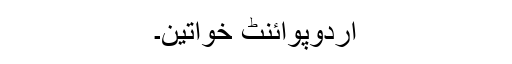
اُردوپوائنٹ خواتین۔